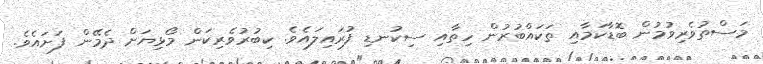
މަސްތުވެރިވުމުން ބޮޑާކަމާއި ތަކައްބުރުން ހިތާއި ސިކުނޑި ފުރައިލައެވެ. ކިބުރުވެރިކަން މޯޅިޔަށް ދެމޭން ފަށައެވެ.